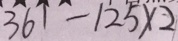
3 6 1 - 1 2 5 \times 2